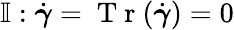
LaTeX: \mathbb{I}:\dot{\boldsymbol{\gamma}}=\mathrm{~T~r~}(\dot{\boldsymbol{\gamma}})=0